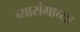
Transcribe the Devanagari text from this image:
व्यासंगाच्या